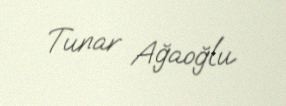
Tunar Ağaoğlu